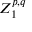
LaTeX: Z _ { 1 } ^ { p , q }